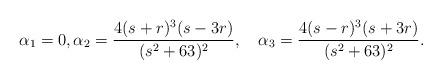
LaTeX: \begin{align*}\alpha_1 = 0, \alpha_2 = \frac{4 (s + r)^3 (s - 3 r)}{(s^2 + 63)^2}, \quad\alpha_3 = \frac{4 (s - r)^3 (s + 3 r)}{(s^2 + 63)^2}.\end{align*}